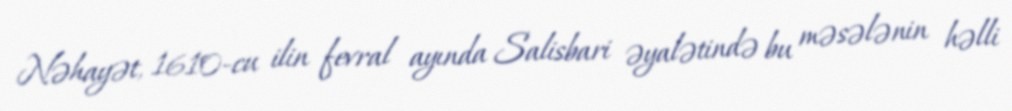
Nəhayət, 1610-cu ilin fevral ayında Salisbari əyalətində bu məsələnin həlli